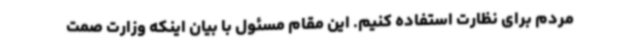
مردم برای نظارت استفاده کنیم. این مقام مسئول با بیان اینکه وزارت صمت